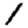
Digit: 1